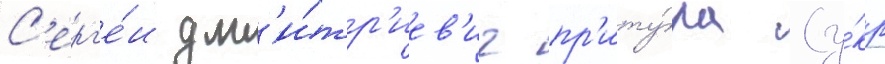
С'ерг'е́и дм'и́тр'иев'ич пр'иту́ла (у́кр